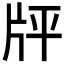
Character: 𤖳